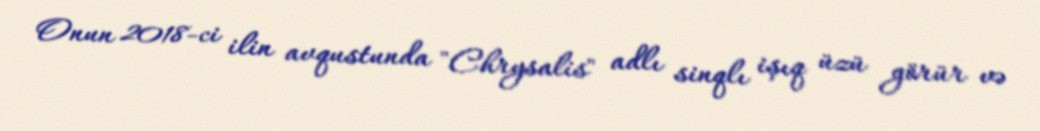
Onun 2018-ci ilin avqustunda "Chrysalis" adlı sinqlı işıq üzü görür və